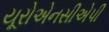
યૂરોએનસીએપી